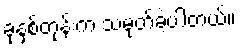
ခုနှစ်တုန်းက သမုတ်ခဲ့ပါတယ်။